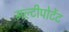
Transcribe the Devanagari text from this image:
मल्टीपोटेंट